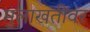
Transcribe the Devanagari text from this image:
मुलाखतींवर